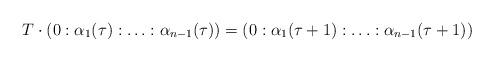
LaTeX: \begin{align*}T \cdot (0:\alpha_1(\tau):\ldots:\alpha_{n-1}(\tau))=(0:\alpha_1(\tau+1):\ldots:\alpha_{n-1}(\tau+1))\end{align*}